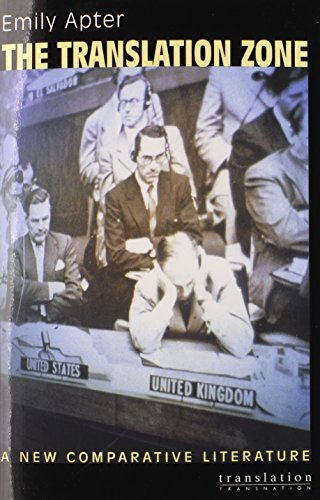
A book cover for The Translation Zone: A New Comparative Literature (Translation/Transnation); Emily Apter; Reference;